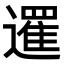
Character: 𨗴